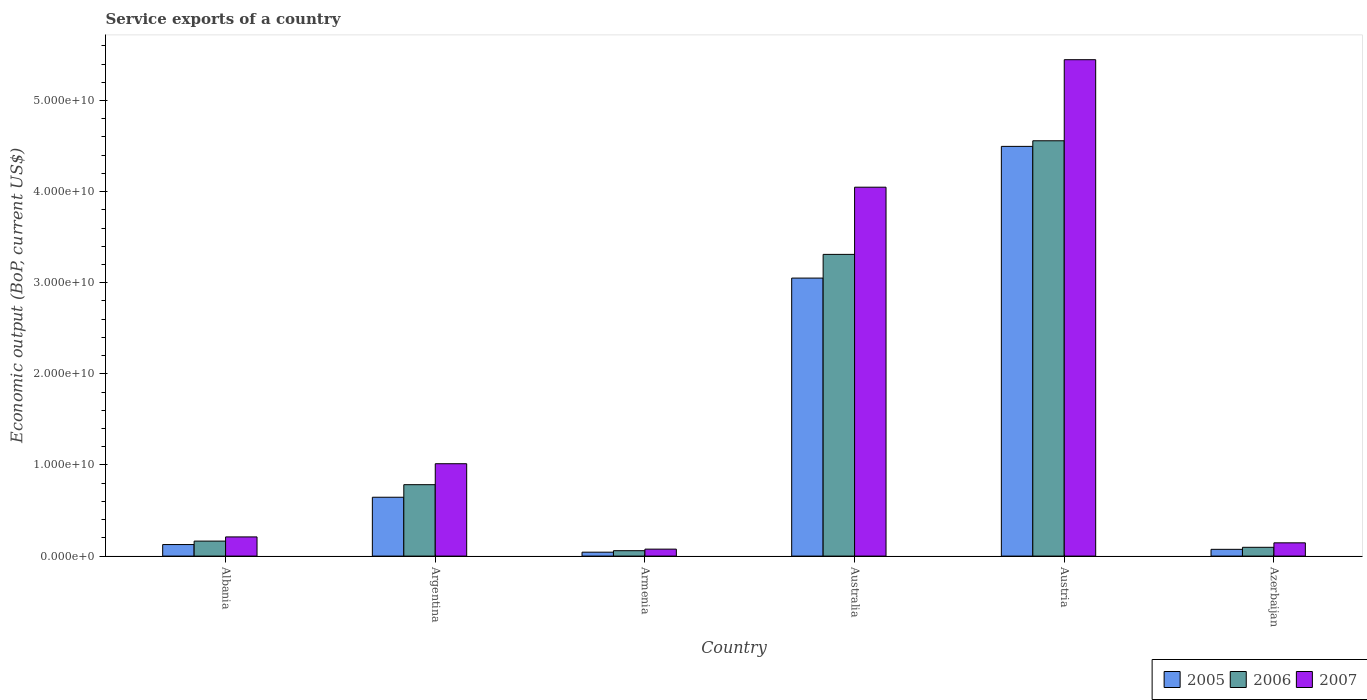
| Country | 2005 | 2006 | 2007 |
 | --- | --- | --- | --- |
 | Albania | 1.27e+09 | 1.65e+09 | 2.1e+09 |
 | Argentina | 6.46e+09 | 7.84e+09 | 1.01e+10 |
 | Armenia | 4.3e+08 | 5.94e+08 | 7.64e+08 |
 | Australia | 3.05e+10 | 3.31e+10 | 4.05e+10 |
 | Austria | 4.5e+10 | 4.56e+10 | 5.45e+10 |
 | Azerbaijan | 7.41e+08 | 9.65e+08 | 1.46e+09 |